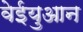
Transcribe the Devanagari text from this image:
वेईयुआन